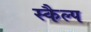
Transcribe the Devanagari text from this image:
स्कैल्प